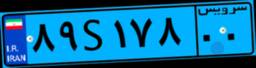
۸۹S۱۷۸۰۰